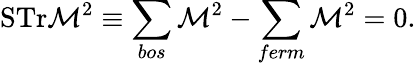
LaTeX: \mathrm{STr}{\cal M}^{2}\equiv\sum_{bos}{\cal M}^{2}-\sum_{ferm}{\cal M}^{2}=0.